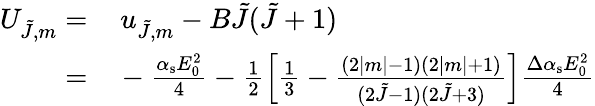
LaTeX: \begin{array}{rl}{U_{\tilde{J},m}=}&{{}\, u_{\tilde{J},m}-B\tilde{J}(\tilde{J}+1)}\\ {=}&{{}-\frac{\alpha_{\mathrm{s}}E_{0}^{2}}{4}-\frac 12\left[\frac 13-\frac{(2|m|-1)(2|m|+1)}{(2\tilde{J}-1)(2\tilde{J}+3)}\right]\frac{\Delta\alpha_{\mathrm{s}}E_{0}^{2}}{4}}\end{array}